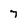
Character: 7